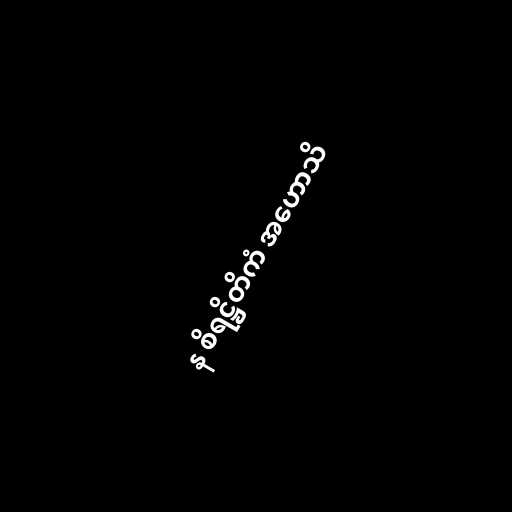
န စိရဋ္ဌိတိကံ အဟောသိ